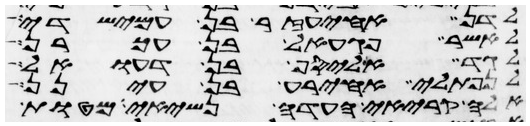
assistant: לדן אחיעזר בן עמישדי
לאשר פגעאל בן עכרן
לגד אליסף בן דעואל
לנפתלי אחירע בן עינן
אלה קריאי העדה נשיאי מטות